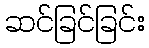
ဆင်ခြင်ခြင်း